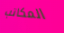
المكاتب